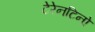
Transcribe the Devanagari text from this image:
टेरेनटिनो